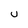
Character: U